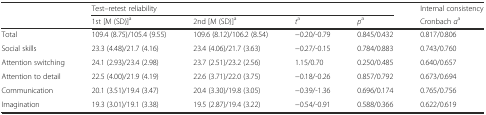
<table><thead><tr><td></td><td colspan="4"><b>Test–retest reliability</b></td><td><b>Internal consistency</b></td></tr><tr><td></td><td><b>1st [M (SD)]<sup>a</sup></b></td><td><b>2nd [M (SD)]<sup>a</sup></b></td><td><b><i>t</i><sup>a</sup></b></td><td><b><i>p</i><sup>a</sup></b></td><td><b>Cronbach <i>α</i><sup>a</sup></b></td></tr></thead><tbody><tr><td>Total</td><td>109.4 (8.75)/105.4 (9.55)</td><td>109.6 (8.12)/106.2 (8.54)</td><td>−0.20/-0.79</td><td>0.845/0.432</td><td>0.817/0.806</td></tr><tr><td>Social skills</td><td>23.3 (4.48)/21.7 (4.16)</td><td>23.4 (4.06)/21.7 (3.63)</td><td>−0.27/-0.15</td><td>0.784/0.883</td><td>0.743/0.760</td></tr><tr><td>Attention switching</td><td>24.1 (2.93)/23.4 (2.98)</td><td>23.7 (2.51)/23.2 (2.56)</td><td>1.15/0.70</td><td>0.250/0.485</td><td>0.640/0.657</td></tr><tr><td>Attention to detail</td><td>22.5 (4.00)/21.9 (4.19)</td><td>22.6 (3.71)/22.0 (3.75)</td><td>−0.18/-0.26</td><td>0.857/0.792</td><td>0.673/0.694</td></tr><tr><td>Communication</td><td>20.1 (3.51)/19.4 (3.47)</td><td>20.4 (3.30)/19.8 (3.05)</td><td>−0.39/-1.36</td><td>0.696/0.174</td><td>0.765/0.756</td></tr><tr><td>Imagination</td><td>19.3 (3.01)/19.1 (3.38)</td><td>19.5 (2.87)/19.4 (3.22)</td><td>−0.54/-0.91</td><td>0.588/0.366</td><td>0.622/0.619</td></tr></tbody></table>